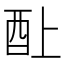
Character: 𰼃